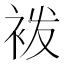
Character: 袯